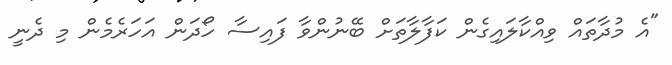
"އެ މުދާތައް ވިއްކާލައިގެން ކަފާލާތަށް ބޭނުންވާ ފައިސާ ހޯދަން އަހަރެމެން މި ދެނީ